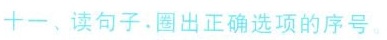
十一、读句子.圈出正确选项的序号.